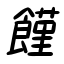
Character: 饉